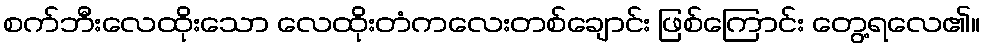
စက်ဘီးလေထိုးသော လေထိုးတံကလေးတစ်ချောင်း ဖြစ်ကြောင်း တွေ့ရလေ၏။